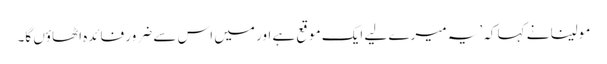
مولینا نے کہا کہ ’یہ میرے لیے ایک موقع ہے اور میں اس سے ضرور فائدہ اٹھاؤں گا۔